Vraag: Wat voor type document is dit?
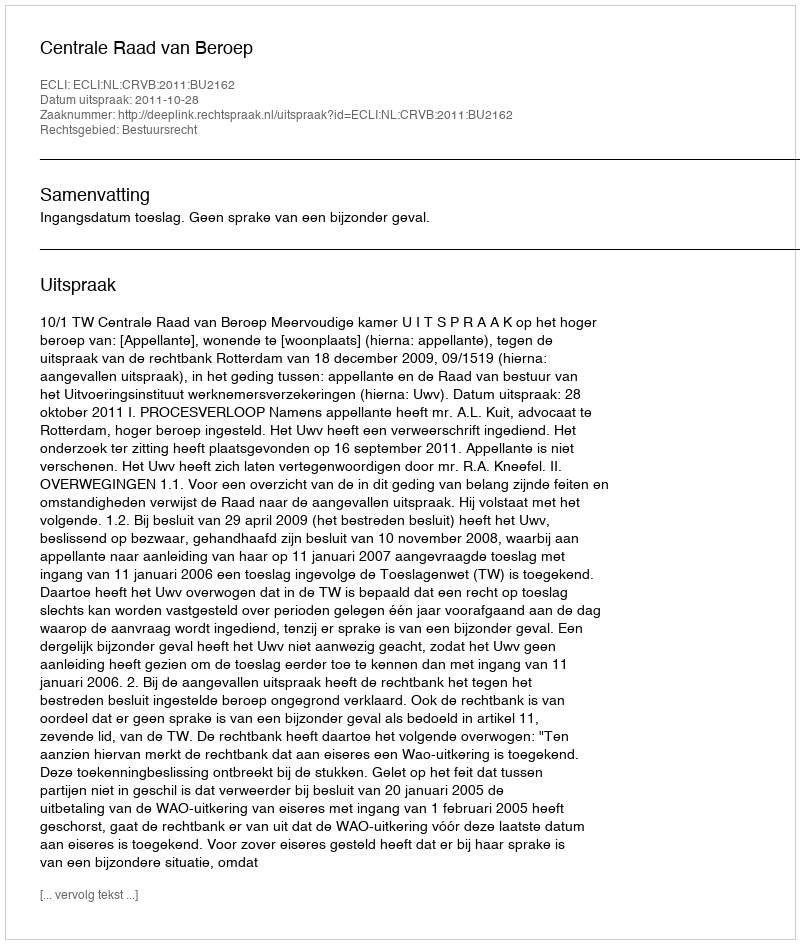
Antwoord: Uitspraak